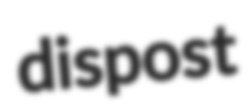
dispost